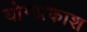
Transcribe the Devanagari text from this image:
योगप्रकाश